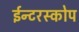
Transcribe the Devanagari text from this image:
ईन्टरस्कोप